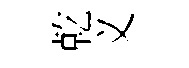
乾义